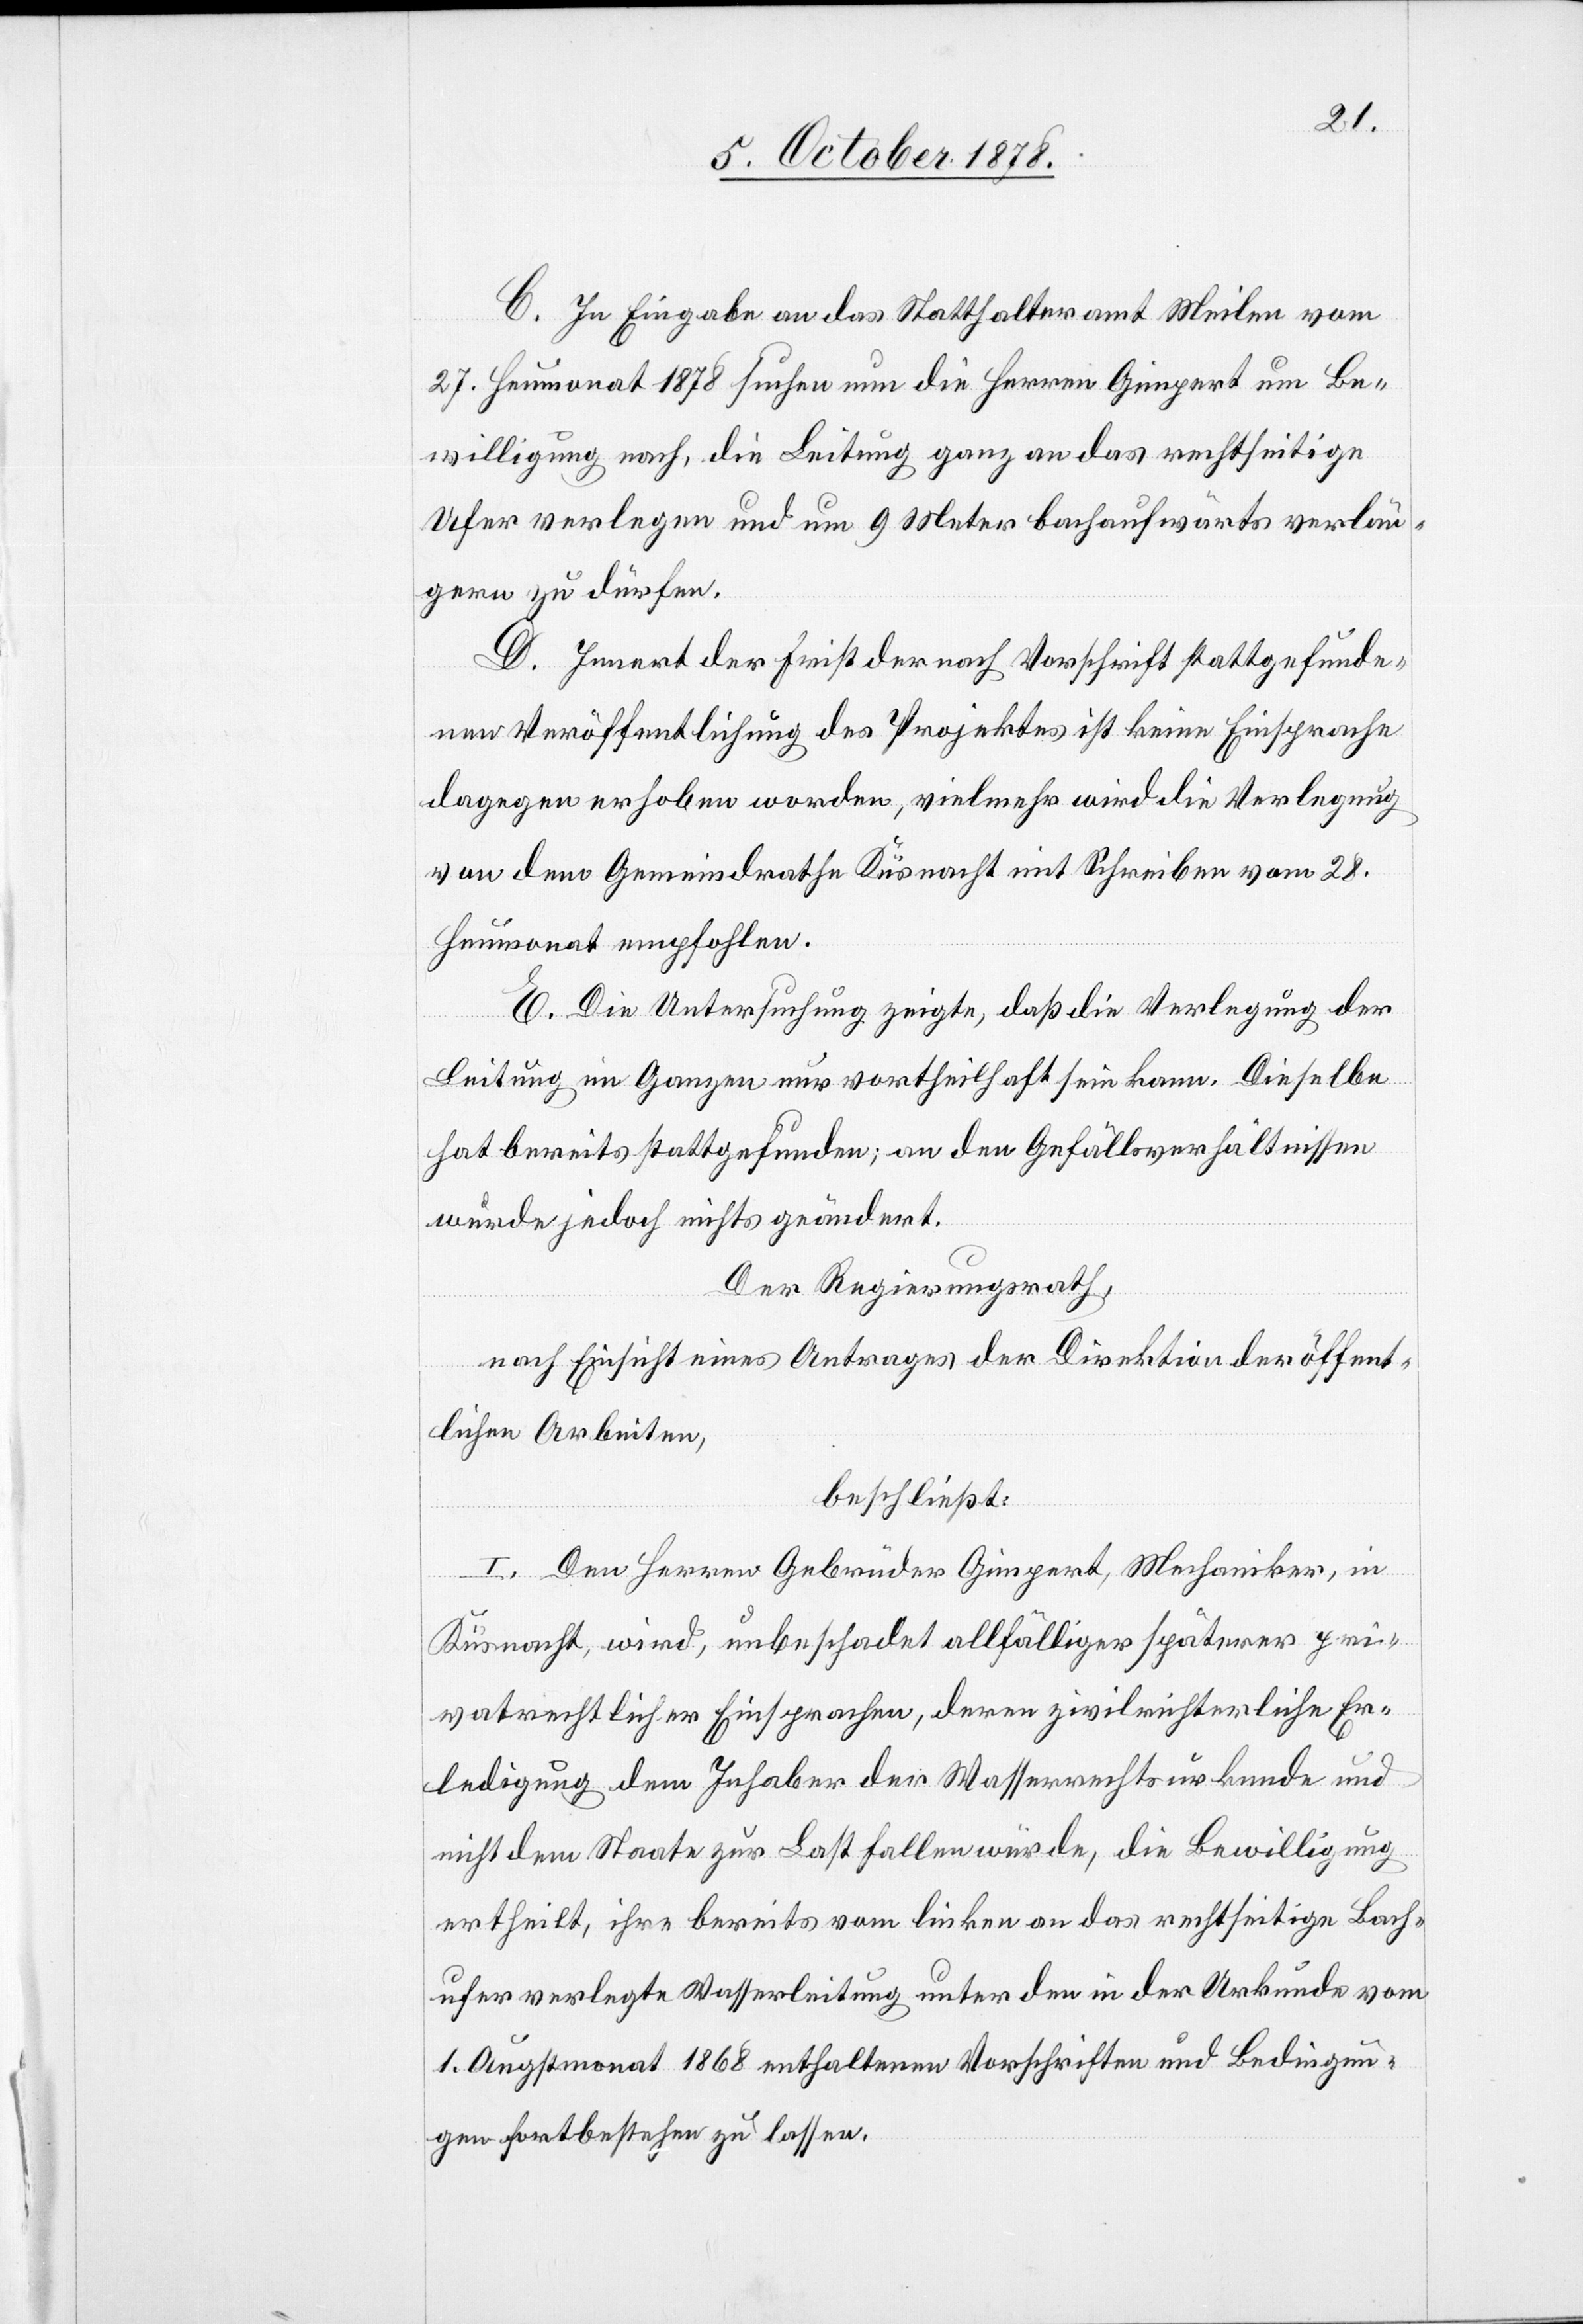
C. In Eingabe an das Statthalteramt Meilen vom
27. Heumonat 1878 suchen nun die Herren Gimpert um Be¬
willigung nach, die Leitung ganz an das rechtseitige
Ufer verlegen und um 9 Meter bachaufwärts verlän¬
gern zu dürfen.
D. Innert der Frist der nach Vorschrift stattgefunde¬
nen Veröffentlichung des Projektes ist keine Einsprache
dagegen erhoben worden, vielmehr wird die Verlegung
von dem Gemeindrathe Küsnacht mit Schreiben vom 28.
Heumonat empfohlen.
E. Die Untersuchung zeigte, daß die Verlegung der
Leitung im Ganzen nur vortheilhaft sein kann. Dieselbe
hat bereits stattgefunden; an den Gefällsverhältnissen
wurde jedoch nichts geändert.
Der Regierungsrath,
nach Einsicht eines Antrages der Direktion der öffent¬
lichen Arbeiten,
beschließt:
I. Den Herren Gebrüder Gimpert, Mechaniker, in
Küsnacht, wird, unbeschadet allfälliger späterer pri¬
vatrechtlicher Einsprachen, deren zivilrichterliche Er¬
ledigung dem Inhaber der Wasserrechtsurkunde und
nicht dem Staate zur Last fallen würde, die Bewilligung
ertheilt, ihre bereits vom linken an das rechtseitige Bach¬
ufer verlegte Wasserleitung unter den in der Urkunde vom
1. Augstmonat 1868 enthaltene Vorschriften und Bedingun¬
gen fortbestehen zu lassen.